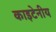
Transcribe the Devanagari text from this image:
काइटेनीय